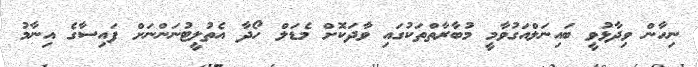
ނިހާން ވިދާޅުވީ ބައިނަލްއަގުވާމީ މުބާރާތްތަކުގައި ވާދަކޮށް މެޑަލް ހޯދާ އެތުލީޓުނަންނަށް ފައިސާގެ އިނާމު